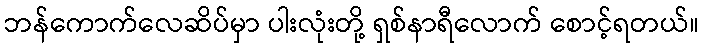
ဘန်ကောက်လေဆိပ်မှာ ပါးလုံးတို့ ရှစ်နာရီလောက် စောင့်ရတယ်။